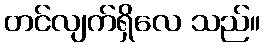
တင်လျက်ရှိလေ သည်။